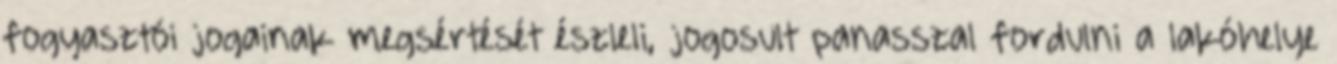
fogyasztói jogainak megsértését észleli, jogosult panasszal fordulni a lakóhelye